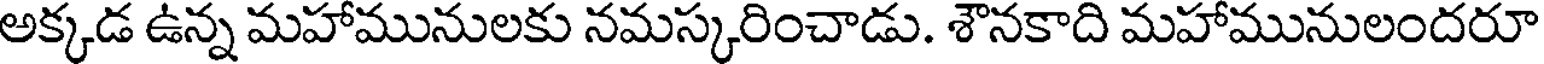
అక్కడ ఉన్న మహామునులకు నమస్కరించాడు. శౌనకాది మహామునులందరూ